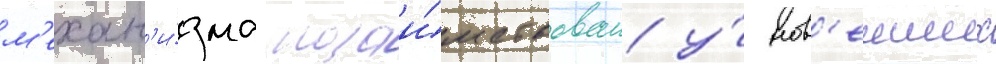
м'ехан'и́зма позаи́мствован у́ нов'еиших